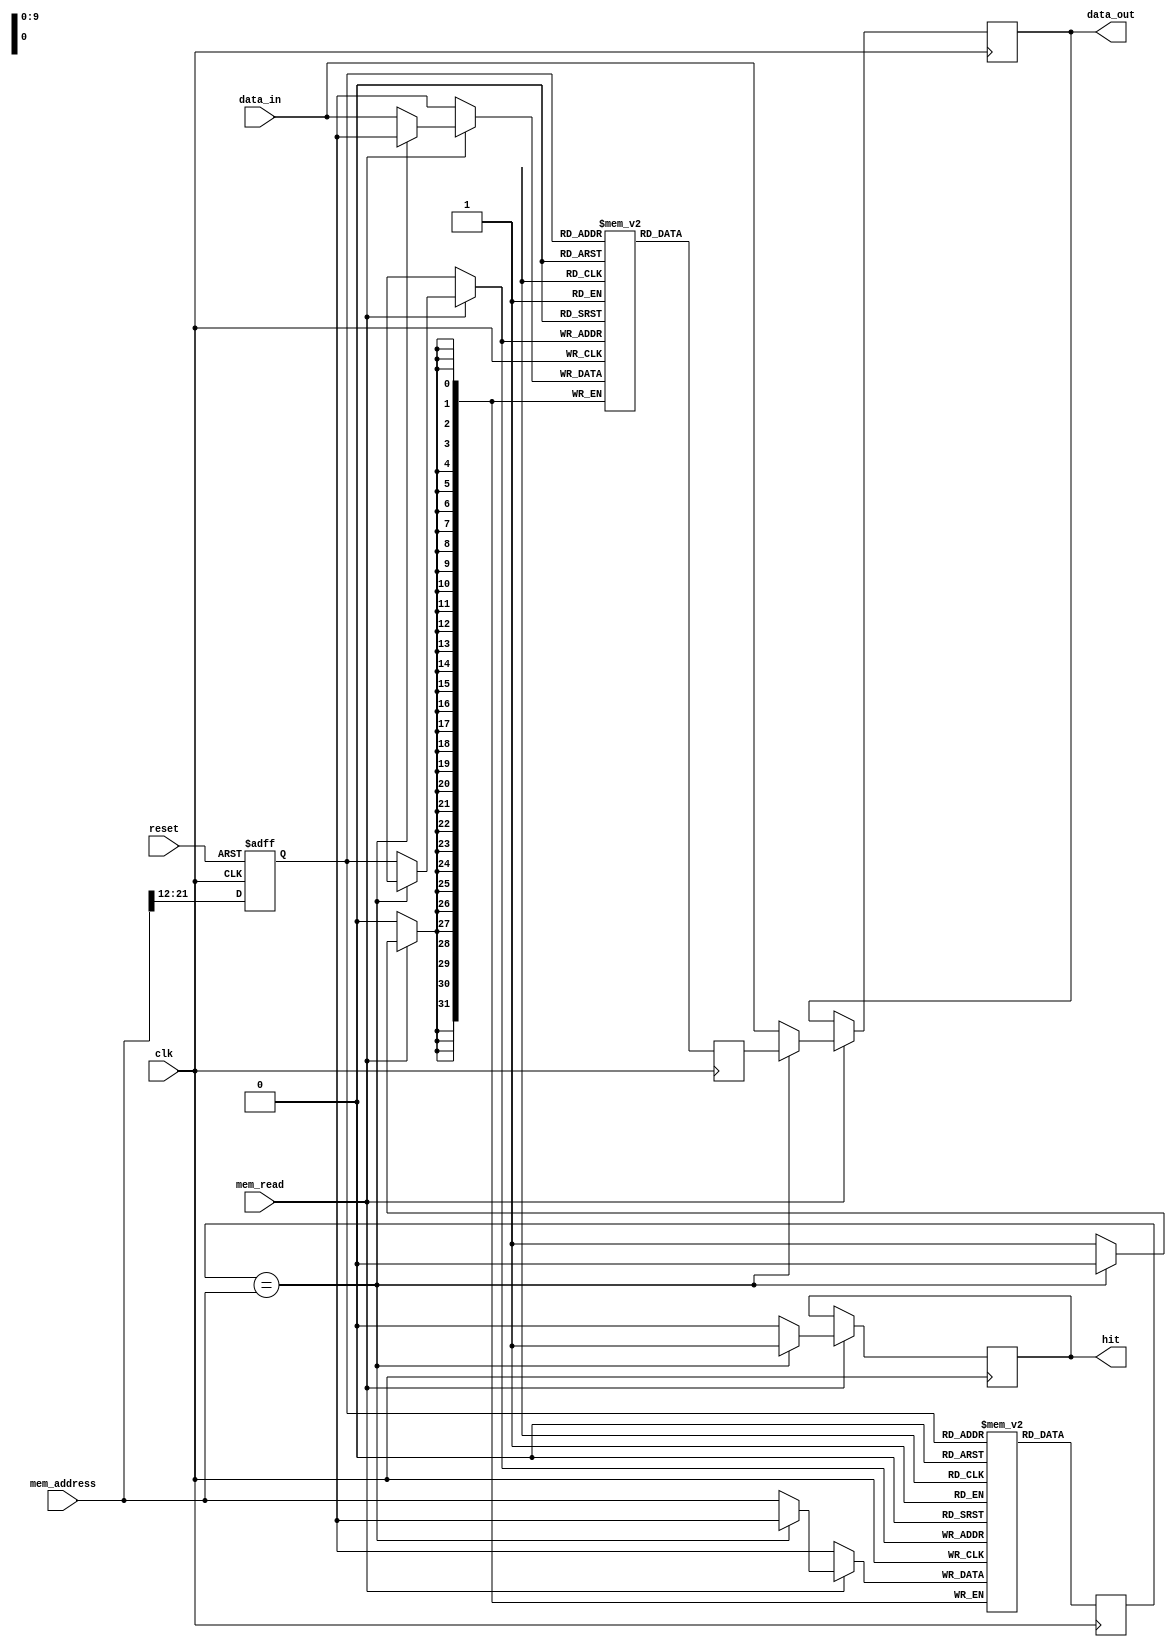
module cache_memory (
    input wire clk,
    input wire reset,
    input wire [31:0] mem_address,
    input wire mem_read,
    input wire [31:0] data_in,
    output reg [31:0] data_out,
    output reg hit
);

reg [31:0] tag_memory [0:1023];
reg [31:0] data_memory [0:1023];
reg [9:0] tag_index;
reg [31:0] tag, data;

always @(posedge clk or posedge reset) begin
    if (reset) begin
        tag_index <= 0;
    end else begin
        tag_index <= mem_address[21:12];
    end
end

always @(posedge clk) begin
    tag <= tag_memory[tag_index];
    data <= data_memory[tag_index];
    
    if (mem_read) begin
        if (tag == mem_address) begin
            data_out <= data;
            hit <= 1;
        end else begin
            data_out <= data_in;
            hit <= 0;
            tag_memory[tag_index] <= mem_address;
            data_memory[tag_index] <= data_in;
        end
    end
end

endmodule